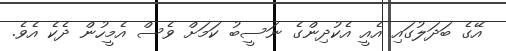
އޭގެ ބަދަލުގައި އެއީ އެކުދިންގެ ނަސީބު ކަމަށް ވެސް އެމީހުން ދެކެ އެވެ.